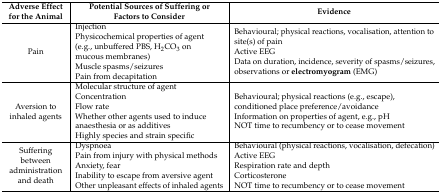
<table><thead><tr><td><b>Adverse Effect for the Animal</b></td><td><b>Potential Sources of Suffering or Factors to Consider</b></td><td><b>Evidence</b></td></tr></thead><tbody><tr><td>Pain</td><td>Injection Physicochemical properties of agent (e.g., unbuffered PBS, H<sub>2</sub>CO<sub>3</sub> on mucous membranes) Muscle spasms/seizures Pain from decapitation</td><td>Behavioural; physical reactions, vocalisation, attention to site(s) of pain Active EEG Data on duration, incidence, severity of spasms/seizures, observations or <b>electromyogram</b> (EMG)</td></tr><tr><td>Aversion to inhaled agents</td><td>Molecular structure of agent Concentration Flow rate Whether other agents used to induce anaesthesia or as additives Highly species and strain specific</td><td>Behavioural; physical reactions (e.g., escape), conditioned place preference/avoidance Information on properties of agent, e.g., pH NOT time to recumbency or to cease movement</td></tr><tr><td>Suffering between administration and death</td><td>Dyspnoea Pain from injury with physical methods Anxiety, fear Inability to escape from aversive agent Other unpleasant effects of inhaled agents</td><td>Behavioural (physical reactions, vocalisation, defecation) Active EEG Respiration rate and depth Corticosterone NOT time to recumbency or to cease movement</td></tr></tbody></table>